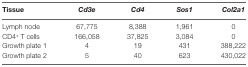
<table><thead><tr><td><b>Tissue</b></td><td><b>Cd3e</b></td><td><b>Cd4</b></td><td><b>Sos1</b></td><td><b>Col2a1</b></td></tr></thead><tbody><tr><td>Lymph node</td><td>67,775</td><td>8,388</td><td>1,961</td><td>0</td></tr><tr><td>CD4<sup>+</sup> T cells</td><td>166,058</td><td>37,825</td><td>3,084</td><td>0</td></tr><tr><td>Growth plate 1</td><td>4</td><td>19</td><td>431</td><td>388,222</td></tr><tr><td>Growth plate 2</td><td>5</td><td>40</td><td>623</td><td>430,022</td></tr></tbody></table>